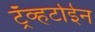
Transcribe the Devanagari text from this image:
ट्रॅव्हर्टाईन